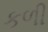
કળી